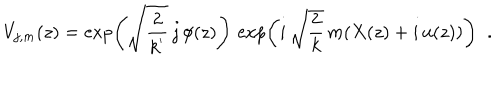
LaTeX: V _ { j , m } ( z ) = \exp \left( \sqrt { \frac { 2 } { k ^ { ' } } } \, j \, \phi ( z ) \right) \, \exp \left( i \, \sqrt { \frac { 2 } { k } } \, m ( X ( z ) + i \, u ( z ) ) \right) \; \; .